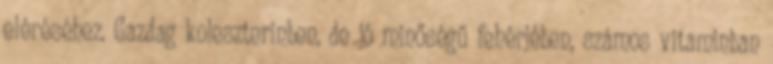
eléréséhez. Gazdag koleszterinben, de jó minőségű fehérjében, számos vitaminban